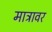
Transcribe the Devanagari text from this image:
मात्रावर